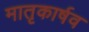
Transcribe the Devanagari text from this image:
मातृकार्षव